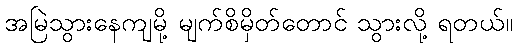
အမြဲသွားနေကျမို့ မျက်စိမှိတ်တောင် သွားလို့ ရတယ်။